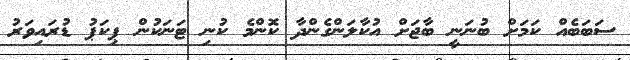
ސަބަބެއް ކަމަށް ބުނަނީ ބާޖަށް އުކާލަންގެންދާ ކޮންމެ ކުނި ޓަނަކުން ޕިކަޕު ޑުރައިވަރު